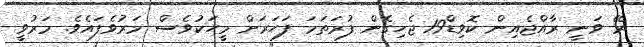
ރޭ ވަނީ ރާއްޖެއިން ކޮވިޑް19 ޖެހިގެން ފުރަތަމަ ފަހަރަށް މީހަކުވެސް މަރުވެފައެވެ. މަރުވީ